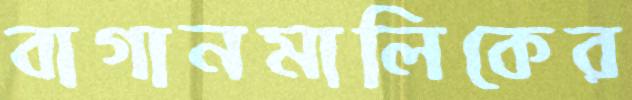
বাগানমালিকের